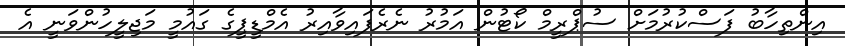
އިންތިހާބު ފަސްކުރުމަށް ސުޕްރީމް ކޯޓުން އަމުރު ނެރެފައިވާއިރު އެމްޑީޕީގެ ގައުމީ މަޖިލީހުންވަނީ އެ